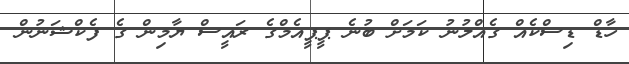
ހާޑް ޑިސްކެއް ގެއްލުނު ކަމަށް ބުނެ ޕީޕީއެމްގެ ރައީސް ޔާމިން ގެ ފެކްޝަނުން